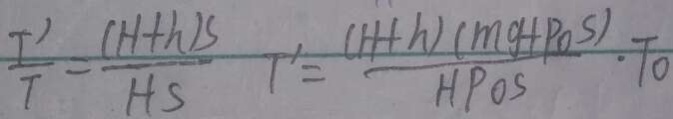
\frac { T ^ { \prime } } { T } = \frac { ( H + h ) S } { H S } T ^ { \prime } = \frac { ( H + h ) ( m g + p o s ) } { H P O S } \cdot T o